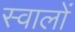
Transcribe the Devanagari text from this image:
स्वालों